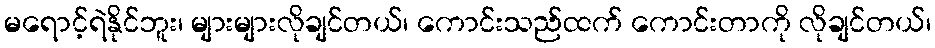
မရောင့်ရဲနိုင်ဘူး၊ များများလိုချင်တယ်၊ ကောင်းသည်ထက် ကောင်းတာကို လိုချင်တယ်၊